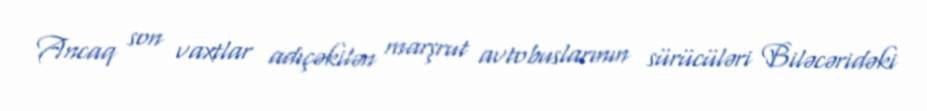
Ancaq son vaxtlar adıçəkilən marşrut avtobuslarının sürücüləri Biləcəridəki